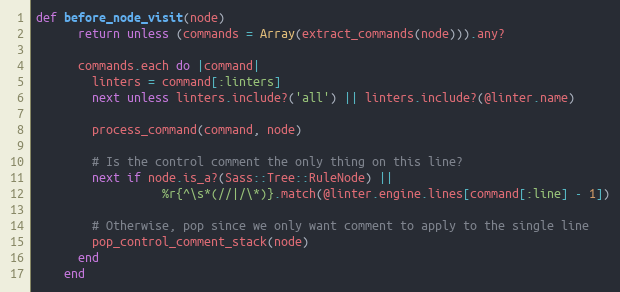
Language: Ruby
def before_node_visit(node)
      return unless (commands = Array(extract_commands(node))).any?

      commands.each do |command|
        linters = command[:linters]
        next unless linters.include?('all') || linters.include?(@linter.name)

        process_command(command, node)

        # Is the control comment the only thing on this line?
        next if node.is_a?(Sass::Tree::RuleNode) ||
                  %r{^\s*(//|/\*)}.match(@linter.engine.lines[command[:line] - 1])

        # Otherwise, pop since we only want comment to apply to the single line
        pop_control_comment_stack(node)
      end
    end